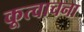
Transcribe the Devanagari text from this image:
कूत्वाचना